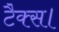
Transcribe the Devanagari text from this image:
टैक्स।